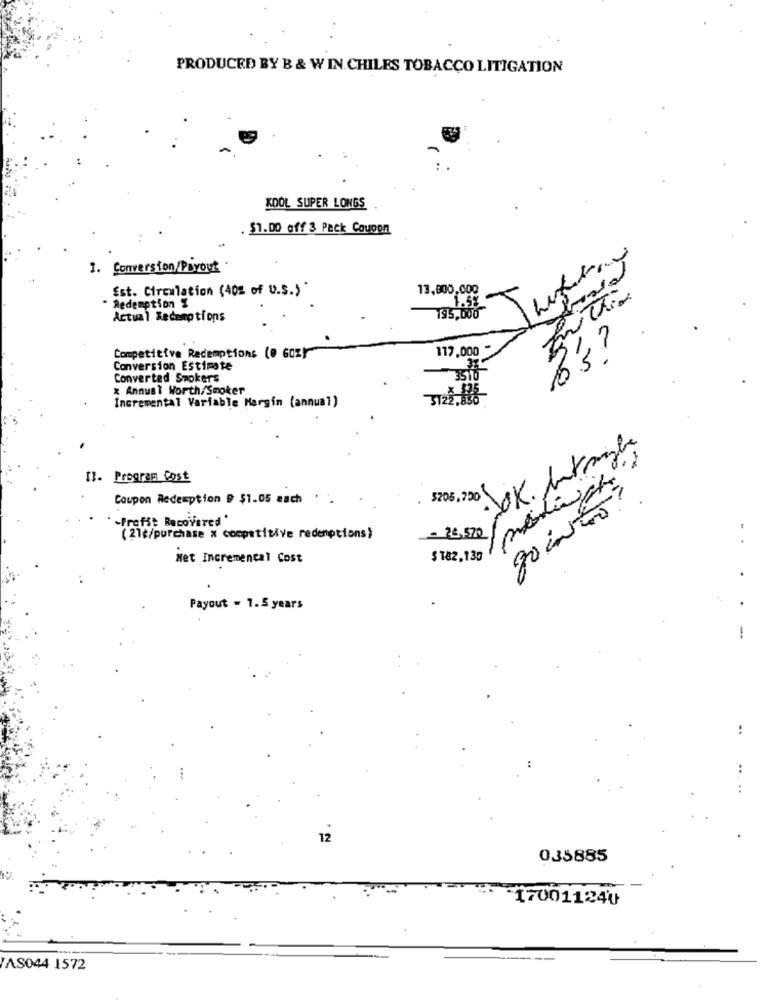
PRODUCED BY B & W IN.CHILES TOBACCO LITIGATION
KOOL SUPER LONGS
. $1.00 off 3 Pack Coupon
1. Conversion/Payout
Est. Circulation (40% of U.S.)"
13,800,000
- Redemption %
Actual Redemptions
117,000
3's ?
Competitive Redemptions (@ 60%)
Conversion Estimate
Converted Smoker's
x Annust Worth/Smoker
3123, 886
Incremental Variable Margin (annual)
Il. Program Cost
Coupon Redemption @ $1.05 each . .
3205, 200
-Profit Becovered '
- 26,570
(21c/purchase a competitive redenptions)
..
Het Incremental Cost
$182.130
Payout = 1. 5 years
-
..
..
12
035885
-170011240
AS044 1572